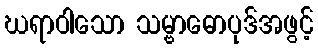
ဃရာဝါသော သမ္ဗာဓောပုဒ်အဖွင့်